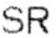
SR